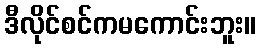
ဒီလိုင်စင်ကမကောင်းဘူး။